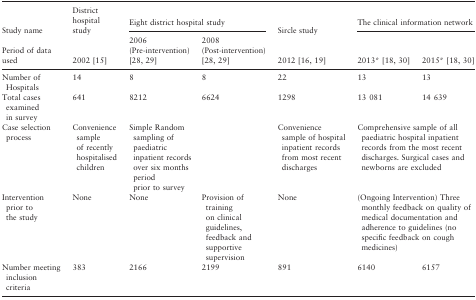
<table><thead><tr><td><b>Study name</b></td><td><b>District hospital study</b></td><td colspan="2"><b>Eight district hospital study</b></td><td><b>Sircle study</b></td><td colspan="2"><b>The clinical information network</b></td></tr><tr><td><b>Period of data used</b></td><td><b>2002 15</b></td><td><b>2006 (Pre‐intervention) 28, 29</b></td><td><b>2008 (Post‐intervention) 28, 29</b></td><td><b>2012 16, 19</b></td><td><b>2013a18, 30</b></td><td><b>2015a18, 30</b></td></tr></thead><tbody><tr><td>Number of Hospitals</td><td>14</td><td>8</td><td>8</td><td>22</td><td>13</td><td>13</td></tr><tr><td>Total cases examined in survey</td><td>641</td><td>8212</td><td>6624</td><td>1298</td><td>13 081</td><td>14 639</td></tr><tr><td>Case selection process</td><td>Convenience sample of recently hospitalised children</td><td colspan="2">Simple Random sampling of paediatric inpatient records over six months period prior to survey</td><td>Convenience sample of hospital inpatient records from most recent discharges</td><td colspan="2">Comprehensive sample of all paediatric hospital inpatient records from the most recent discharges. Surgical cases and newborns are excluded</td></tr><tr><td>Intervention prior to the study</td><td>None</td><td>None</td><td>Provision of training on clinical guidelines, feedback and supportive supervision</td><td>None</td><td colspan="2">(Ongoing Intervention) Three monthly feedback on quality of medical documentation and adherence to guidelines (no specific feedback on cough medicines)</td></tr><tr><td>Number meeting inclusion criteria</td><td>383</td><td>2166</td><td>2199</td><td>891</td><td>6140</td><td>6157</td></tr></tbody></table>